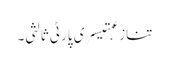
تنازعہتیسری پارٹی ثالثی۔